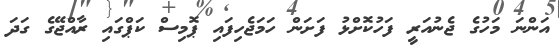
އަންނަ މަހުގެ ޖެނުއަރީ ފަހުކޮށްޅު ފަށަން ހަމަޖެހިފައި ޕޮމިސް ކަޕްގައި ރާއްޖޭގެ ގަދަ